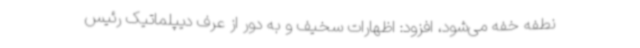
نطفه خفه می‌شود، افزود: اظهارات سخیف و به دور از عرف دیپلماتیک رئیس